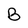
Character: B